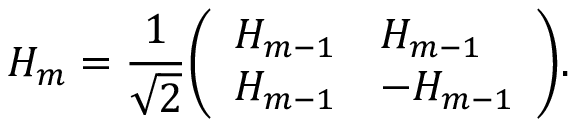
H _ { m } = { \frac { 1 } { \sqrt { 2 } } } { \left( \begin{array} { l l } { H _ { m - 1 } } & { H _ { m - 1 } } \\ { H _ { m - 1 } } & { - H _ { m - 1 } } \end{array} \right) } .